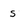
Character: s